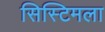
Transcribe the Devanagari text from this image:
सिस्टिमला